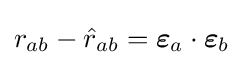
r_{ab}-{\hat {r}}_{ab}={\boldsymbol {\varepsilon }}_{a}\cdot {\boldsymbol {\varepsilon }}_{b}